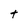
Character: T